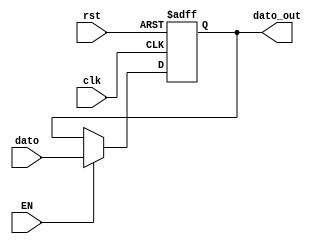
`timescale 1ns / 1ps
//////////////////////////////////////////////////////////////////////////////////
// Company: 
// 
// Design Name: 
// Module Name:    Reg_DatosListos 
// Project Name: 
// Target Devices: 
// Tool versions: 
// Description: 
//
// Dependencies: 
//
// Revision: 
// Revision 0.01 - File Created
// Additional Comments: 
//
//////////////////////////////////////////////////////////////////////////////////
//Registro de codigos del teclado
module Reg_DatosListos(
		input wire [7:0] dato, //Dato del teclado
		input wire EN,
		input wire clk,
		input wire rst,
		output reg [7:0] dato_out //Dato guardado
    );

always @ (posedge clk, posedge rst)
	if (rst)
		dato_out <= 8'b0;
	else if (EN)
		dato_out <= dato;

endmodule